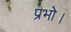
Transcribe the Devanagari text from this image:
प्रभो।